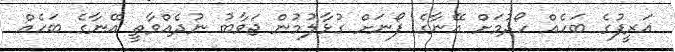
އަރީފުގެ ބަހެއް ހޯދުމަށް އޭނާގެ ފޯނަށް ގުޅާލުމުން ޖަވާބު ނުދެއްވާތީ އޭނާގެ ބަހެއް